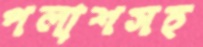
পলাশসহ